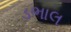
ડભાલ